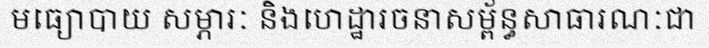
មធ្យោបាយ សម្ភារៈ និងហេដ្ឋារចនាសម្ព័ន្ធសាធារណៈជា